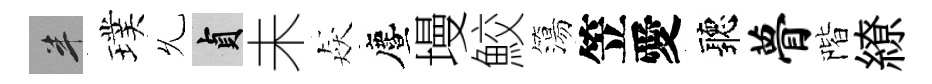
半璞𠃔貞未猋󵨌墁鮫簜笠愛聽瞢階繚